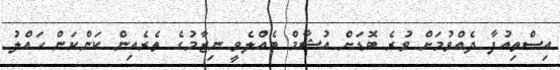
އިސްތިއުފާ ދެއްވުމަށް ވުރެ ބޮޑަށް އުޝާމް ބެއްލެވީ ނިޒާމުގެ ތެރެއިން ކަންކަން ހައްލު